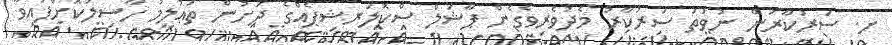
ށ. ސަރުކާރުން ނުވަތަ ސަރުކާރު މެދުވެރިވެގެން ޕާޝަލް ސްކޮލަރޝިޕެއްގެ ދަށުން ތަޢުލީމު ހާސިލުކޮށްފައިވާ